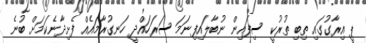
ޕީ އިރާގުގައި ތިބި ތުރުކީ ސިފައިން ނުބާލައިފިނަމަ ސަރަހައްދީ ހަނގުރާމައެއް ފެށިދާނެކަމަށް ބުނެ